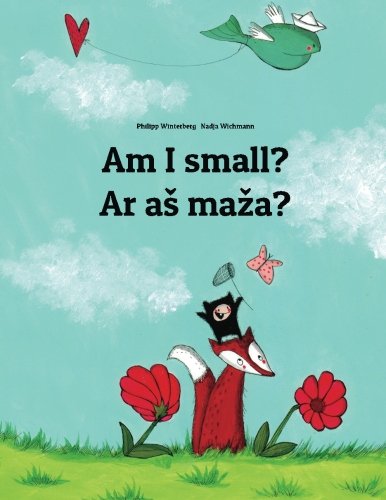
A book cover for Am I small? Ar as maza?: Children's Picture Book English-Lithuanian (Bilingual Edition); Philipp Winterberg; Children's Books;